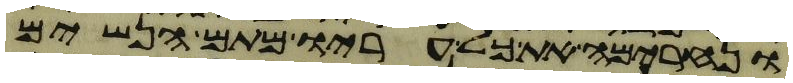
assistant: ונחרימה את כל עריו מתם הנשים